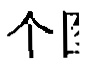
$\rhd\downarrow$